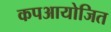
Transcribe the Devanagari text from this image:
कपआयोजित